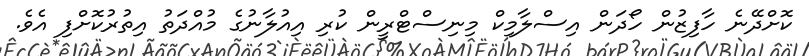
ކޮށްދޭނެ ހާފިޒުން ހޯދަން އިސްލާމިކް މިނިސްޓްރީން ކުރި އިއުލާނުގެ މުއްދަތު އިތުރުކޮށްފި އެވެ.